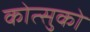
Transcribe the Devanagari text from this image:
कोत्सुको